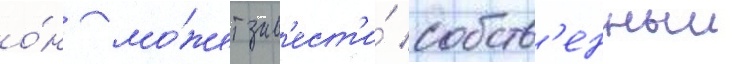
о́н мо́жет зав'ест'и́ собств'енныи